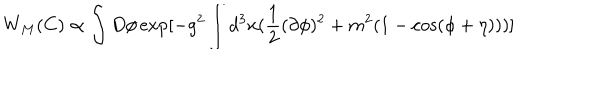
W _ { M } ( C ) \propto \int D \phi \exp [ - g ^ { 2 } \int d ^ { 3 } x ( \frac { 1 } { 2 } ( \partial \phi ) ^ { 2 } + m ^ { 2 } ( 1 - \cos ( \phi + \eta ) ) ) ]